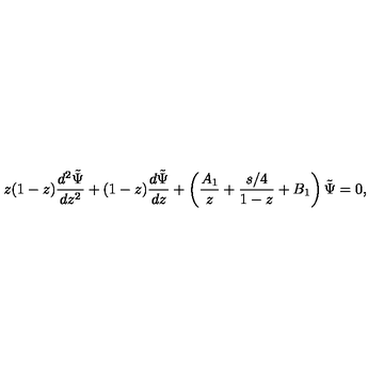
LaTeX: z ( 1 - z ) { \frac { d ^ { 2 } \tilde { \Psi } } { d z ^ { 2 } } } + ( 1 - z ) { \frac { d \tilde { \Psi } } { d z } } + \left( { \frac { A _ { 1 } } { z } } + { \frac { s / 4 } { 1 - z } } + B _ { 1 } \right) \tilde { \Psi } = 0 ,